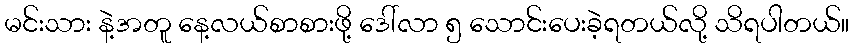
မင်းသား နဲ့အတူ နေ့လယ်စာစားဖို့ ဒေါ်လာ ၅ သောင်းပေးခဲ့ရတယ်လို့ သိရပါတယ်။